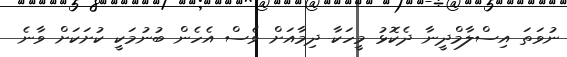
ނުވަތަ އިސްލާމްދީނާ ދެކޮޅު މީހަކާ ދިމާއަށް ވެސް އެހެން ބުނުމަކީ ކުށަކަށް ވާނެ